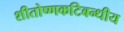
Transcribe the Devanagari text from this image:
शीतोष्णकटिबन्धीय